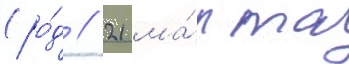
(ро́д // 21 ма́рта